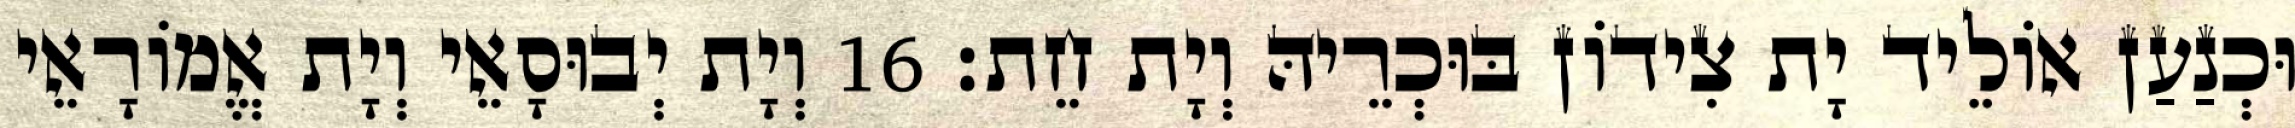
וּכְנַעַן אוֹלֵיד יָת צִידוֹן בּוּכְרֵיהּ וְיָת חֵת׃ 16 וְיָת יְבוּסָאֵי וְיָת אֱמוֹרָאֵי